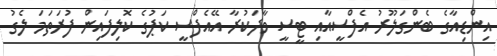
އިންޑިއާގެ ބެންގަލޫރު އެފްސީއާއި ޓީސީ ވާދަކުރާ އޭއެފްސީ ކަޕުގެ ކޮލިފައިން ފުރަތަމަ ލެގު